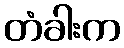
တံခါးက